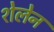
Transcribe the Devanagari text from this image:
शेलेन